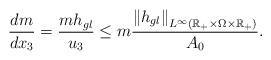
LaTeX: \begin{align*}\frac{{dm}}{{dx_3 }} = \frac{{mh_{gl} }}{{u_3 }}\le m\frac{{\left\| {h_{gl} } \right\|_{L^\infty( {\mathbb{R}_+ \times \Omega \times \mathbb{R}_+} )}}}{{A_0 }}.\end{align*}